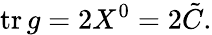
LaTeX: \mathrm{tr}\, g=2X^{0}=2{\tilde{C}}.